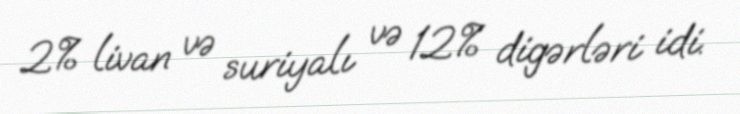
2% livan və suriyalı və 12% digərləri idi.